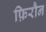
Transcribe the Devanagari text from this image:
फ़िरौन